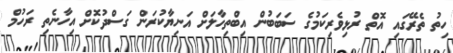
ހިތު ތެރޭގައި އޮތް ރުޅިވެރިކަމުގެ ސަބަބުން އިބްތިހާލަށް އަނިޔާކުރަން ގަސްދުކޮށް އިހާނެތި ރަހުމް